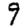
Digit: 9